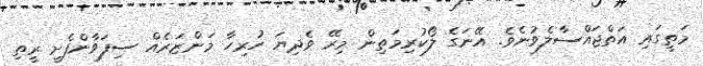
މަތީގައި އަތްޖައްސާލެވުނެވެ. އޭނަގެ ލޯކުރިމަތިން މިރޭ ވެދިޔަ ހުރިހާ މަންޒަރެއް ސިފަވާންފެށީ ރީތި